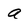
Character: a